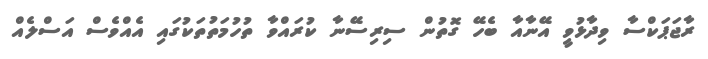
ރާޖަޕަކްސާ ވިދާޅުވީ އޭނާއާ ބެހޭ ގޮތުން ސިރިސޭނާ ކުރައްވާ ތުހުމަތުތަކުގައި އެއްވެސް އަސްލެއް